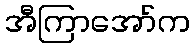
အီကြာအော်က